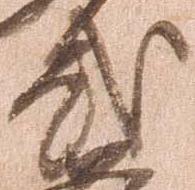
弐